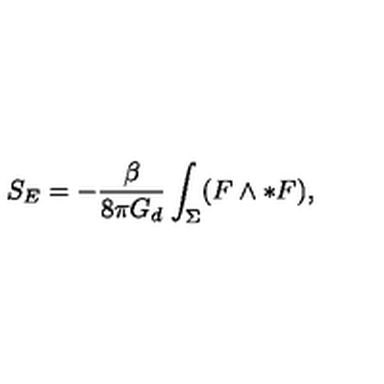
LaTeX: S _ { E } = - \frac { \beta } { 8 \pi G _ { d } } \int _ { \Sigma } ( F \wedge \ast F ) ,